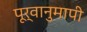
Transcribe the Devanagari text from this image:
पूर्वानुमापी